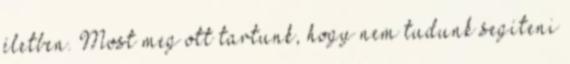
életben. Most meg ott tartunk, hogy nem tudunk segíteni